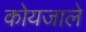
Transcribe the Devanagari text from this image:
कोयजाले